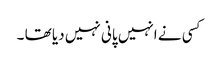
کسی نے انہیں پانی نہیں دیا تھا ۔